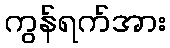
ကွန်ရက်အား